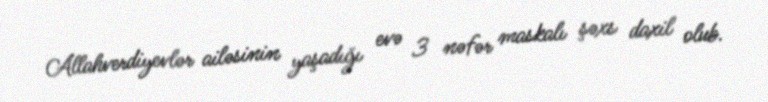
Allahverdiyevlər ailəsinin yaşadığı evə 3 nəfər maskalı şəxs daxil olub.